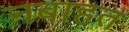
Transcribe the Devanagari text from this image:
नबाहत